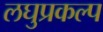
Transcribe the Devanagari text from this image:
लघुप्रकल्प